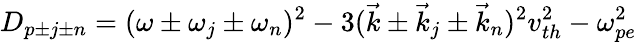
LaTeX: D_{p\pm j\pm n}=(\omega\pm\omega_{j}\pm\omega_{n})^{2}-3(\vec{k}\pm\vec{k}_{j}\pm\vec{k}_{n})^{2}v_{th}^{2}-\omega_{pe}^{2}